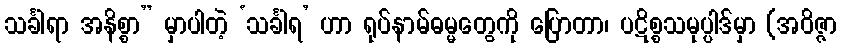
သင်္ခါရာ အနိစ္စာ” မှာပါတဲ့ ‘သင်္ခါရ’ ဟာ ရုပ်နာမ်ဓမ္မတွေကို ပြောတာ၊ ပဋိစ္စသမုပ္ပါဒ်မှာ (အဝိဇ္ဇာ